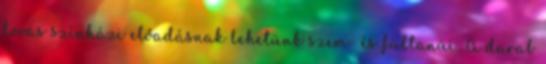
lovas színházi előadásnak lehetünk szem- és fültanúi. A darab